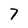
Character: 7